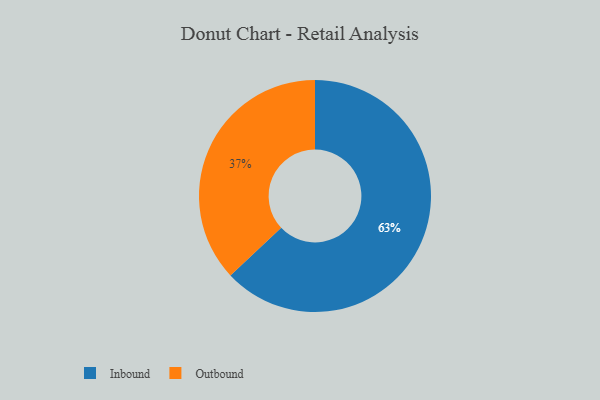
{"axis": {"x": "Category", "y": "Percentage"}, "legend": ["Inbound", "Outbound"], "data": [{"x": "Inbound", "y": 63, "type": "Inbound"}, {"x": "Outbound", "y": 37, "type": "Outbound"}]}